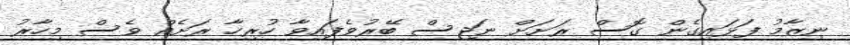
ނިޒާމު ފަޅައިގެން ގޮސް ރަށަށް ނަޖިސް ބޭރުވެފައިވާ ހުރިހާ ރަށެއް ވެސް މިހާރު